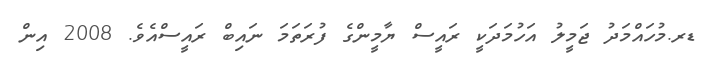
ޑރ.މުހައްމަދު ޖަމީލު އަހުމަދަކީ ރައީސް ޔާމީންގެ ފުރަތަމަ ނައިބް ރައީސްއެވެ. 2008 އިން